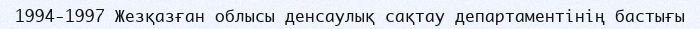
1994-1997 Жезқазған облысы денсаулық сақтау департаментінің бастығы